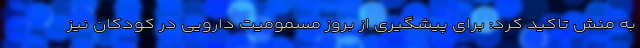
به منش تاکید کرد: برای پیشگیری از بروز مسمومیت دارویی در کودکان نیز